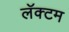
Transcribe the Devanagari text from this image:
लॅक्टम